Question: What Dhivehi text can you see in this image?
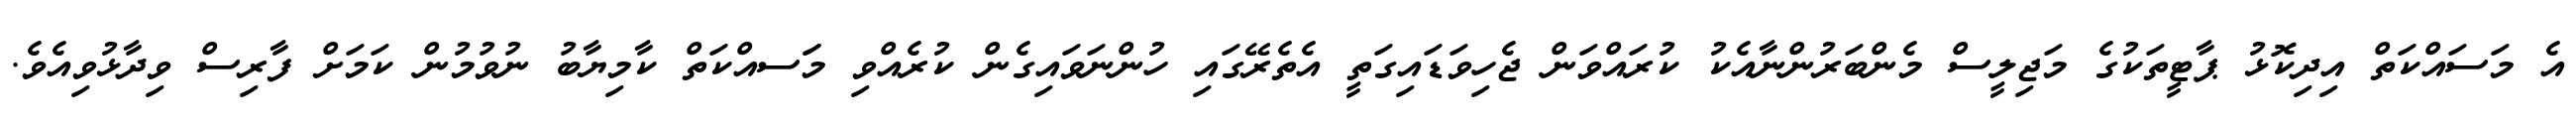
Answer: އެ މަސައްކަތް އިދިކޮޅު ޕާޓީތަކުގެ މަޖިލީސް މެންބަރުންނާއެކު ކުރައްވަން ޖެހިވަޑައިގަތީ އެތެރޭގައި ހުންނަވައިގެން ކުރެއްވި މަަސއްކަތް ކާމިޔާބު ނުވުމުން ކަމަށް ފާރިސް ވިދާޅުވިއެވެ.